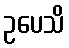
ဥပေသိ